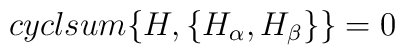
cycl sum \{H,\{H_\alpha,H_\beta\}\} = 0